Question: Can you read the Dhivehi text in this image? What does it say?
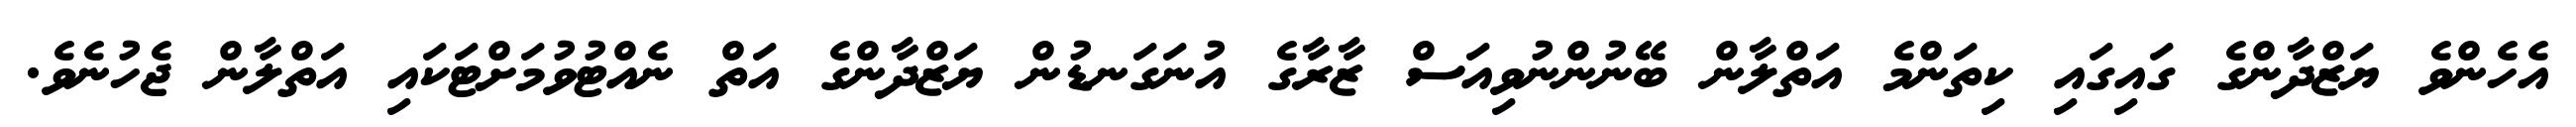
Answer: އެހެންވެ ޔަޒްދާންގެ ގައިގައި ކިތަންމެ އަތްލާން ބޭނުންނުވިއަސް ޒާރާގެ އުނަގަނޑުން ޔަޒްދާންގެ އަތް ނެއްޓުވުމަށްޓަކައި އަތްލާން ޖެހުނެވެ.